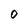
Character: 0